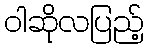
ဝါဆိုလပြည့်